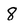
Character: 8